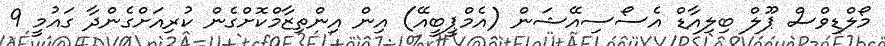
މޯލްޑިވްސް ޕޫލް ބިލިއާޑް އެސޯސިއޭޝަން (އެމްޕީބީއޭ) އިން އިންތިޒާމްކޮށްގެން ކުރިއަށްގެންދާ ގައުމީ 9